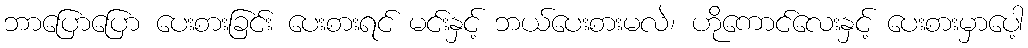
ဘာပြောပြော ပေးစားခြင်း ပေးစားရင် မင်းနှင့် ဘယ်ပေးစားမလဲ၊ ဟိုကောင်လေးနှင့် ပေးစားမှာပေါ့